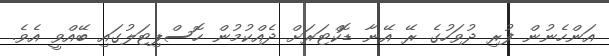
އަންހެނުން ފުރި ދުވަހުގެ ރޭ އޭނާ ޑޮކްޓަރަށް ދެއްކުމުން ހޮސްޕިޓަލުގައި ބޭއްވީ އެވެ.